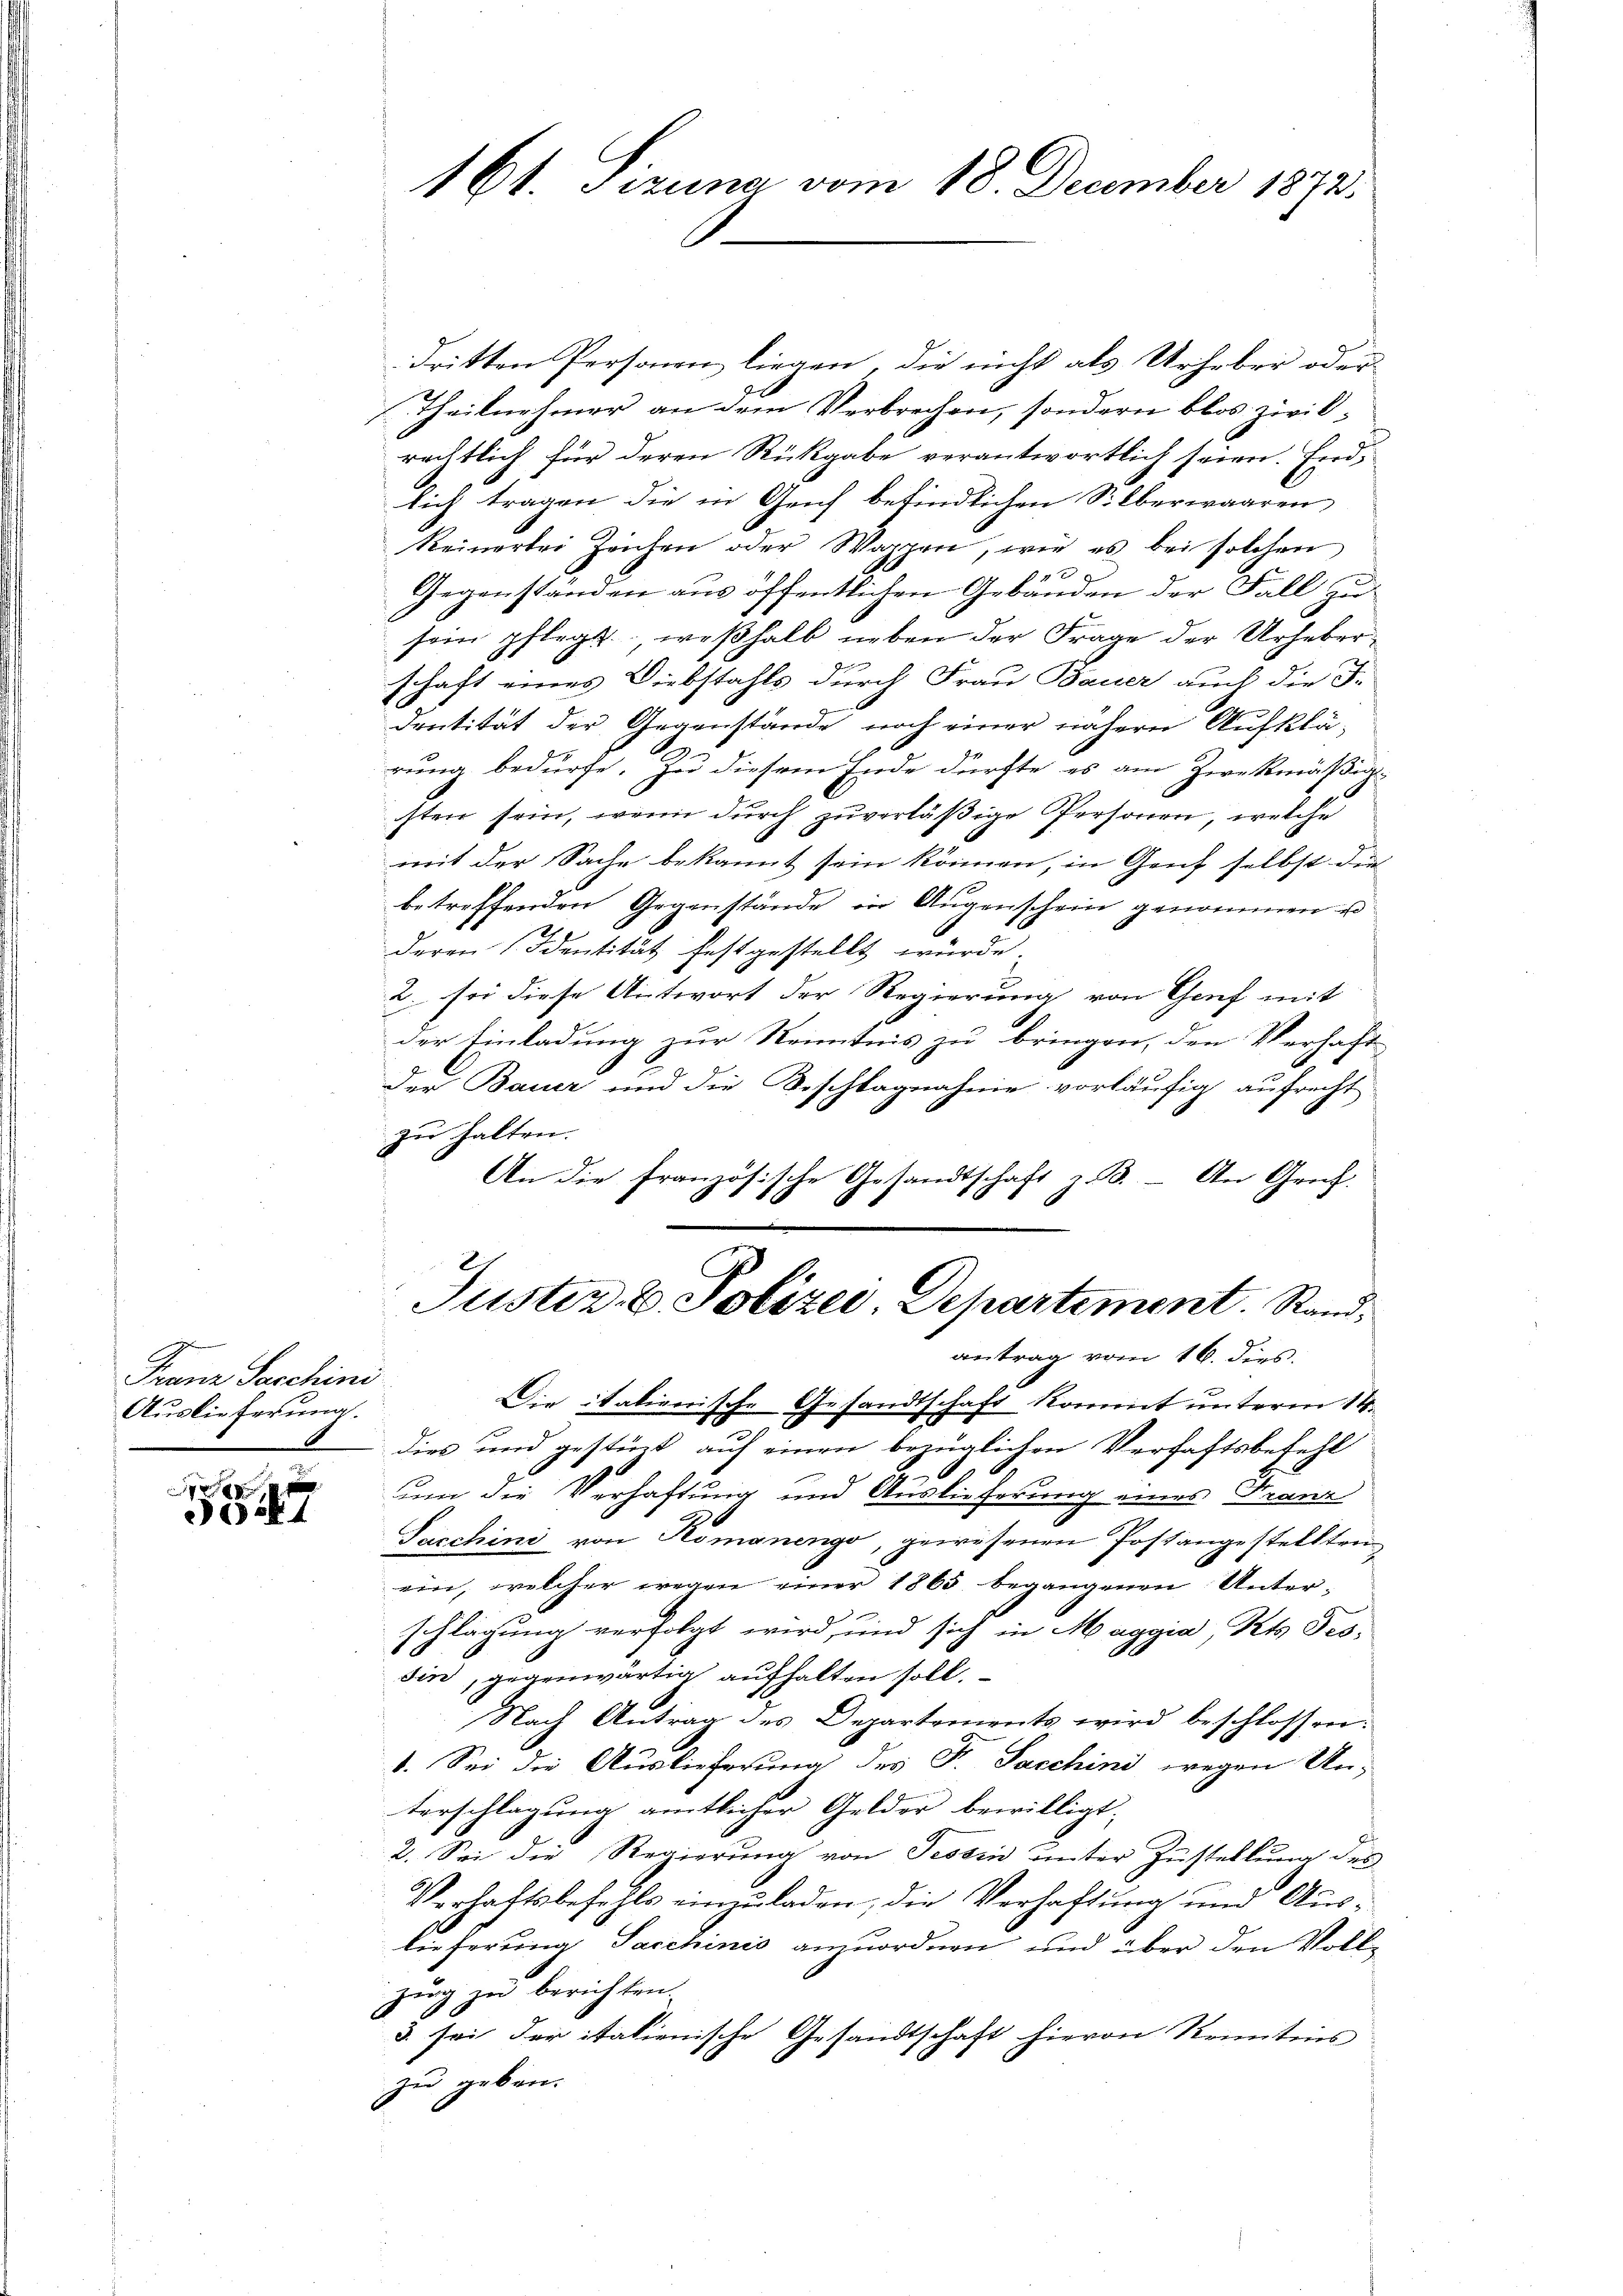
Franz Sacchini
Auslieferung.

047

161. Sizung vom 18. December 1872.

dritten Personen liegen, die nicht als Urheber oder
Theilnehmer an dem Verbrechen, sondern blos zwilrechtlich für deren Rückgabe verantwortlich seien. End
lich tragen die in Geich befindlichen Silberwaaren
keinertei Zeichen oder Wappen, wie es bei solchen
4
Gegenständen aus öffentlichen Gebäuden der Fall zu
sein pflegt; weßhalb neben der Frage der Urheberschaft eines Diebstahls durch Frau Bauer auch die F.
H
dentität der Gegenstände noch einer nähern Aufklä-
rung bedürfe. Zu diesem Ende dürfte es am Zweckmäßigisten sein, wenn durch zuverläßige Personen, welche
mit der Sache bekannt sein können, in Genf selbst die
betreffenden Gegenstände in Augenschein genommen u
deren Identität festgestellt würde.
2. sei diese Antwort der Regierung von Graf mit
der Einladung zur Kenntnis zu bringen, den Verhaft-
der Bauer und die Beschlagnahme vorläufig aufrecht
zu halten.
An die französische Gesandtschaft z. B. An Graf.
Justiz & Polizer, Departement. Standantrag vom 16. dies.
Die italienrische Gesandtschaft kommt unterm 14.
dies und gestück auf einen bezüglichen Verhaftsbefehl
um die Verhaftung und Auslieferung eines Franz
Sacchini von Komanengo, gewesenen Postangestelltenein, welcher wegen einer 1863 begangenen Unterschlagung verfolgt wird, und sich in Maggia, Kts. Tes-
sin, gegenwärtig aufhalten soll.
Nach Antrag des Departements wird beschlossen:
1. Sei die Auslieferung des F. Sacchini wegen Un-
terschlagung amtlicher Gelder bewilligt:
2. Sei die Regierung von Tessin unter Zustellung des
Verhaftsbefehls einzuladen, die Verhaftung und Auslieferung Sacchinis anzuordnen und über den Volke
zung zu berichten.
3 sei der italienische Gesandtschaft hievon Kenntnis
zu geben.